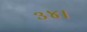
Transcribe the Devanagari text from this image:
३४।